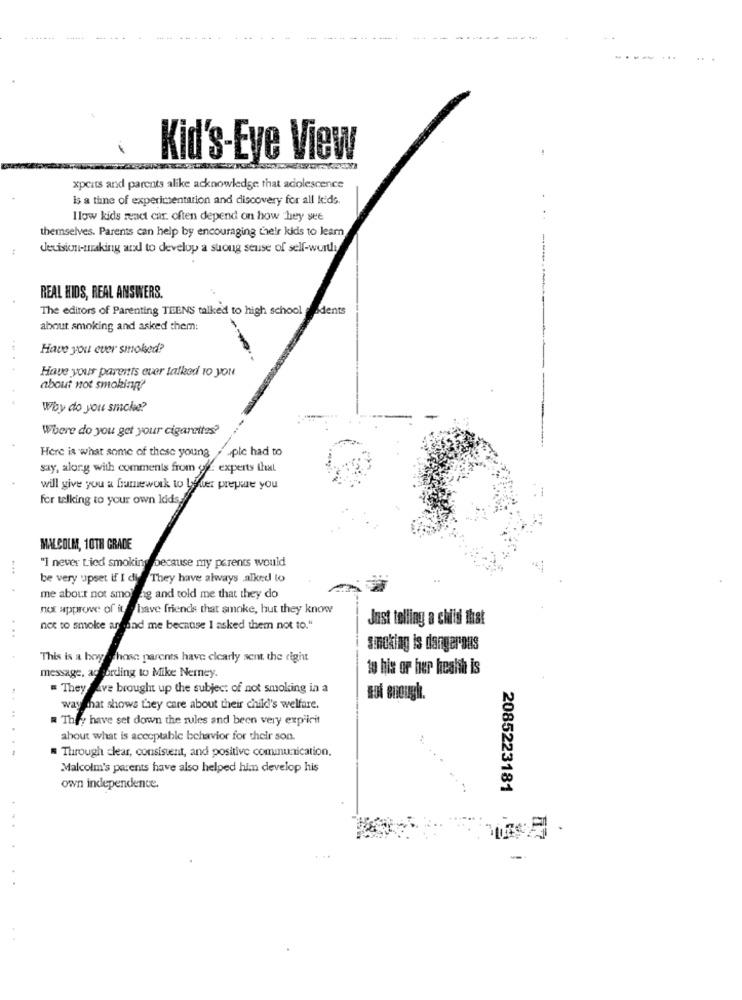
Kid's-Eye View
xpcits and parents alike acknowledge that adolescence
Is a time of experimentation and discovery for all kids.
Ilow kids react car. often depend on how they see
themselves. Parents can help by encouraging their kidis to learn
:
decision-making arxl to develop a suoug seuse of self-wurde
REAL HIDS, REAL ANSWERS.
The editors of Parenting TEENS talked to high school dents
about smoking and asked them:
Have you ever smoked?
Have your parents ever talked 10 you
about not smoking
Why do you smoke?
Where do you get your cigarettes?
Here is what some of these young
plc had to
say, along with comments from gg. experts that
will give you a framework to Lower prepare you
for walking to your own lids
MALCOLM, 10TH GRADE
"I never Lied smoking because my parents would
be very upset if I did They have always alked to
me about not smol ag and told me that they do
not approve of its have friends that smoke, but they know
Just telling a child that
. .
not to smoke ansand me because I asked them not to."
Sonoking is dangerous
This is a boy chose parents have clearly sent the right
message, according to Mike Nerney.
to his or her health is
# They have brought up the subject of not smoking in a
way that shows they care about their child's welfare.
They have set down the rules and been very explicit
about what is acceptable behavior for their son.
Through clear, consistent, and positive comumnunication,
Malcolm's parents have also helped him develop his
own independence.
2085223181